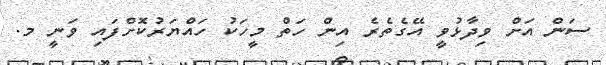
ސަން އަށް ވިދާޅުވީ އޭގެތެރެ އިން ހަތް މީހަކު ހައްޔަރުކޮށްފައި ވަނީ މ.